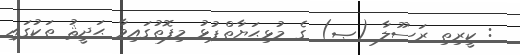
: ކީރިތި ރަސޫލާ (ޞ) ގެ މުޅިޙަޔާތްޕުޅު މިފޮތުގައިވާ ޙަދީޘު ތަކުގައި